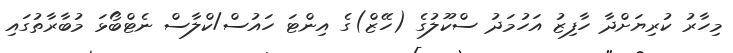
މިހާރު ކުރިޔަށްދާ ހާފިޒު އަހުމަދު ސްކޫލުގެ (ހޭޒް)ގެ އިންޓަ ހައުސް/ކްލާސް ނެޓްބޯޅަ މުބާރާތުގައި